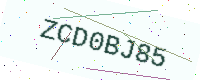
Text: ZCD0BJ85